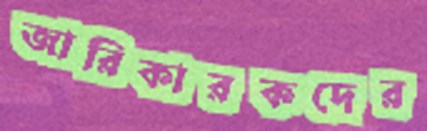
জারিকারকদের